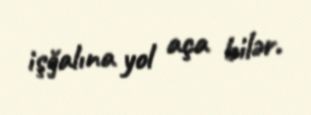
işğalına yol aça bilər.